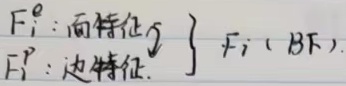
\[\left.\begin{array}{l}F_{i}^{o}:\text{面特征}\\F_{i}^{e}:\text{边特征}\end{array}\right\}F_{i}(\text{BF})\]